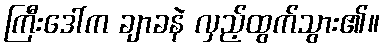
ကြီးဒေါ်က ချာခနဲ လှည့်ထွက်သွား၏။